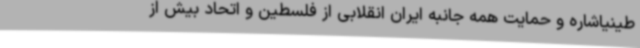
طینیاشاره و حمایت همه جانبه ایران انقلابی از فلسطین و اتحاد بیش از